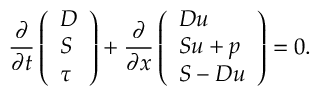
\frac { \partial } { \partial t } \left( \begin{array} { l } { D } \\ { S } \\ { \tau } \end{array} \right) + \frac { \partial } { \partial x } \left( \begin{array} { l } { D u } \\ { S u + p } \\ { S - D u } \end{array} \right) = 0 .